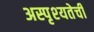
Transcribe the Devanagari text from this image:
अस्पृश्‍यतेची